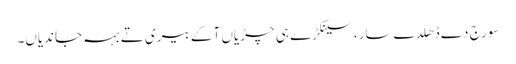
سورج دے ڈھلدے سار، سینکڑے ہی چڑیاں آ کے بیری تے بہہ جاندیاں۔